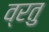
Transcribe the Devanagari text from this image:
व्रतु